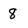
Character: 8